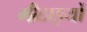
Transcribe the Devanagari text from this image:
मीठाइयों